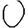
Digit: 0